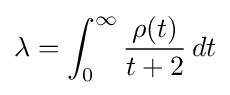
\lambda =\int _{0}^{\infty }{\frac {\rho (t)}{t+2}}\,dt